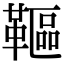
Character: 䩽